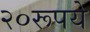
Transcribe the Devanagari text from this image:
२०रूपये